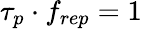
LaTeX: \tau_{p}\cdot f_{rep}=1